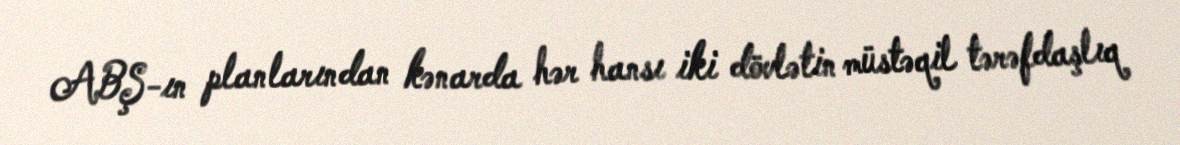
ABŞ-ın planlarından kənarda hər hansı iki dövlətin müstəqil tərəfdaşlıq